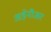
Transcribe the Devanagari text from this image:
अड़ेनौअर